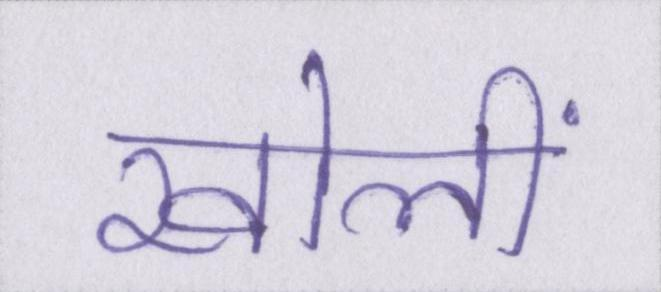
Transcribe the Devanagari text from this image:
खोलीं